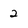
Character: 2